Burma Government Medical School reports 1907-22
Year: 1907
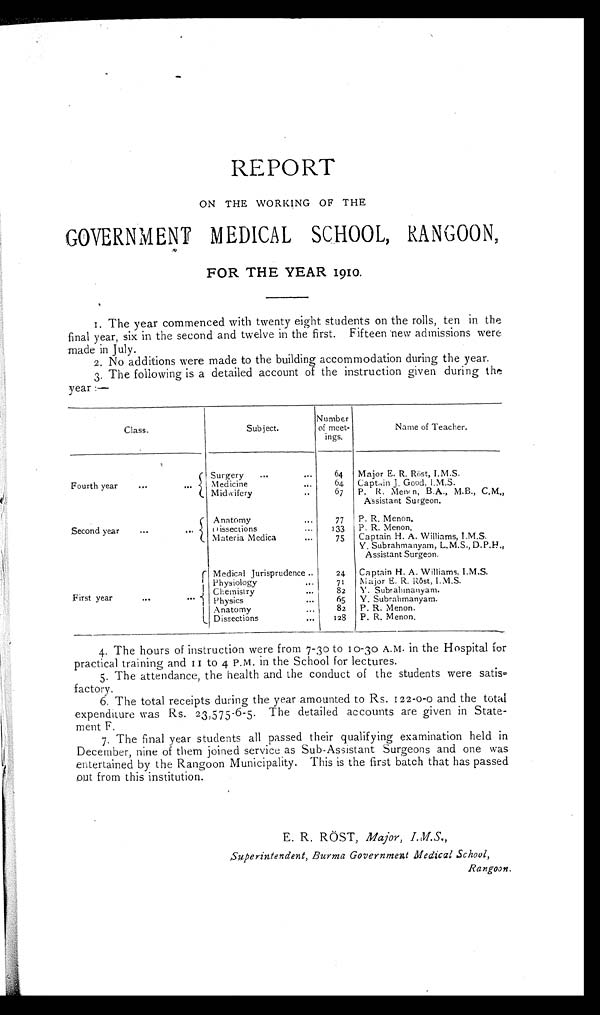
REPORT
ON THE WORKING OF THE
GOVERNMENT MEDICAL SCHOOL, RANGOON,
FOR THE YEAR 1910.
1. The year commenced with twenty eight students on the rolls, ten in the
final year, six in the second and twelve in the first. Fifteen new admissions were
made in July.
2. No additions were made to the building accommodation during the year.
3. The following is a detailed account of the instruction given during the
year :—
Class.
Subject.
Number
of meet-
ings.
Name of Teacher.
Fourth year
...
...
Surgery
...
...
64
Major E. R. Röst, I.M.S.
Medicine
...
64
Captain J. Good, I.M.S.
Midwifery
..
67
P. R. Menon, B,A., M.B., C.M.,
Assistant Surgeon.
Second year
...
...
Anatomy
...
77
P. R. Menon.
Dissections
...
133
P. R. Menon.
Materia Medica
...
75
Captain H. A. Williams, I.M.S.
Y. Subrahmanyam, L.M.S., D.P.H.,
Assistant Surgeon.
First year
. . . . . .
Medical Jurisprudence ..
24
Captain H. A. Williams, I.M.S.
Physiology
...
71
Major E. R. Röst, I.M.S.
Chemistry
...
82 Y. Subrahmanyam.
Physics
...
65
Y. Subrahmanyam.
Anatomy
..
82
P. R. Menon.
Dissections
...
1 2 8
P. R. Menon.
4. The hours of instruction were from 7-3o to 10-30 A.M. in the Hospital for
practical training and 11 to 4 P.M. in the School for lectures.
5. The attendance, the health and the conduct of the students were satis–
factory.
6 . T h e t o t a l r e c e i p t s d u r i n g t h e y e a r a m o u n t e d t o R s .1
2 2 - 0 - 0
a n d t h e t o t a l
expenditure was Rs. 23,575-6-5. The detailed accounts are given in State-
ment F.
7 . T h e f i n a l y e a r s t u d e n t s a l l p a s s e d t h e i r q u a l i f y i n g e x a m i n a t i o n h e l d i n
December, nine of them joined service as Sub-Assistant Surgeons and one was
entertained by the Rangoon Municipality. This is the first batch that has passed
o u t f r o m t h i s i n s t i t u t i o n .
E. R. RÖST, Major, I.M.S.
Superintendent, Burma Government Medical School,
Rangoon.